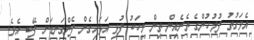
އެވަގުތު ފުލުހުންގެ ތެރެއިން ތިން މީހަކު ފުޅި އަޅައިގެން ފެންގަނޑަށް ފޭބި އެވެ.